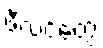
ဖီလင်တွေ